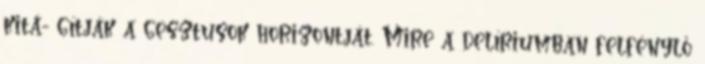
kitá- gítják a gesztusok horizontját. Mire a delíriumban felfénylő